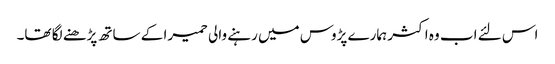
اس لئے اب وہ اکثر ہمارے پڑوس میں رہنے والی حمیرا کے ساتھ پڑھنے لگا تھا۔